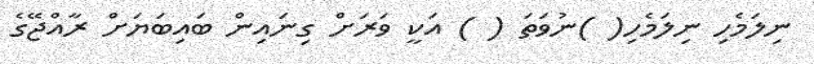
ނިލަމެހި ނިލަމެހި( )ނުވަތަ ( ) އަކީ ވަރަށް ގިނައިން ބައިބަޔަށް ރާއްޖޭގެ